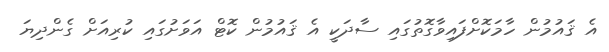
އެ ޤައުމުން ހާމަކޮށްފައިވާގޮތުގައި ސާދަކީ އެ ޤައުމުން ކޮޓް އަވަށުގައި ކުރިއަށް ގެންދިޔަ